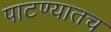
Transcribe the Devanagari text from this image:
पाटण्यातच